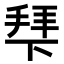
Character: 𭡍